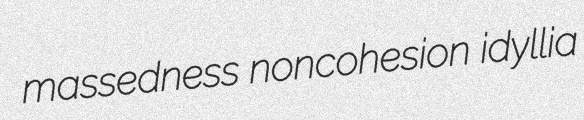
massedness noncohesion idyllia